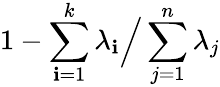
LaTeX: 1-\sum_{\mathbf{i}=1}^{k}\lambda_{\mathbf{i}}{\Big/}\sum_{j=1}^{n}\lambda_{j}